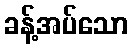
ခန့်အပ်သော